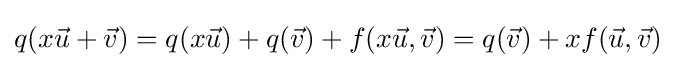
q(x{\vec {u}}+{\vec {v}})=q(x{\vec {u}})+q({\vec {v}})+f(x{\vec {u}},{\vec {v}})=q({\vec {v}})+xf({\vec {u}},{\vec {v}})\;